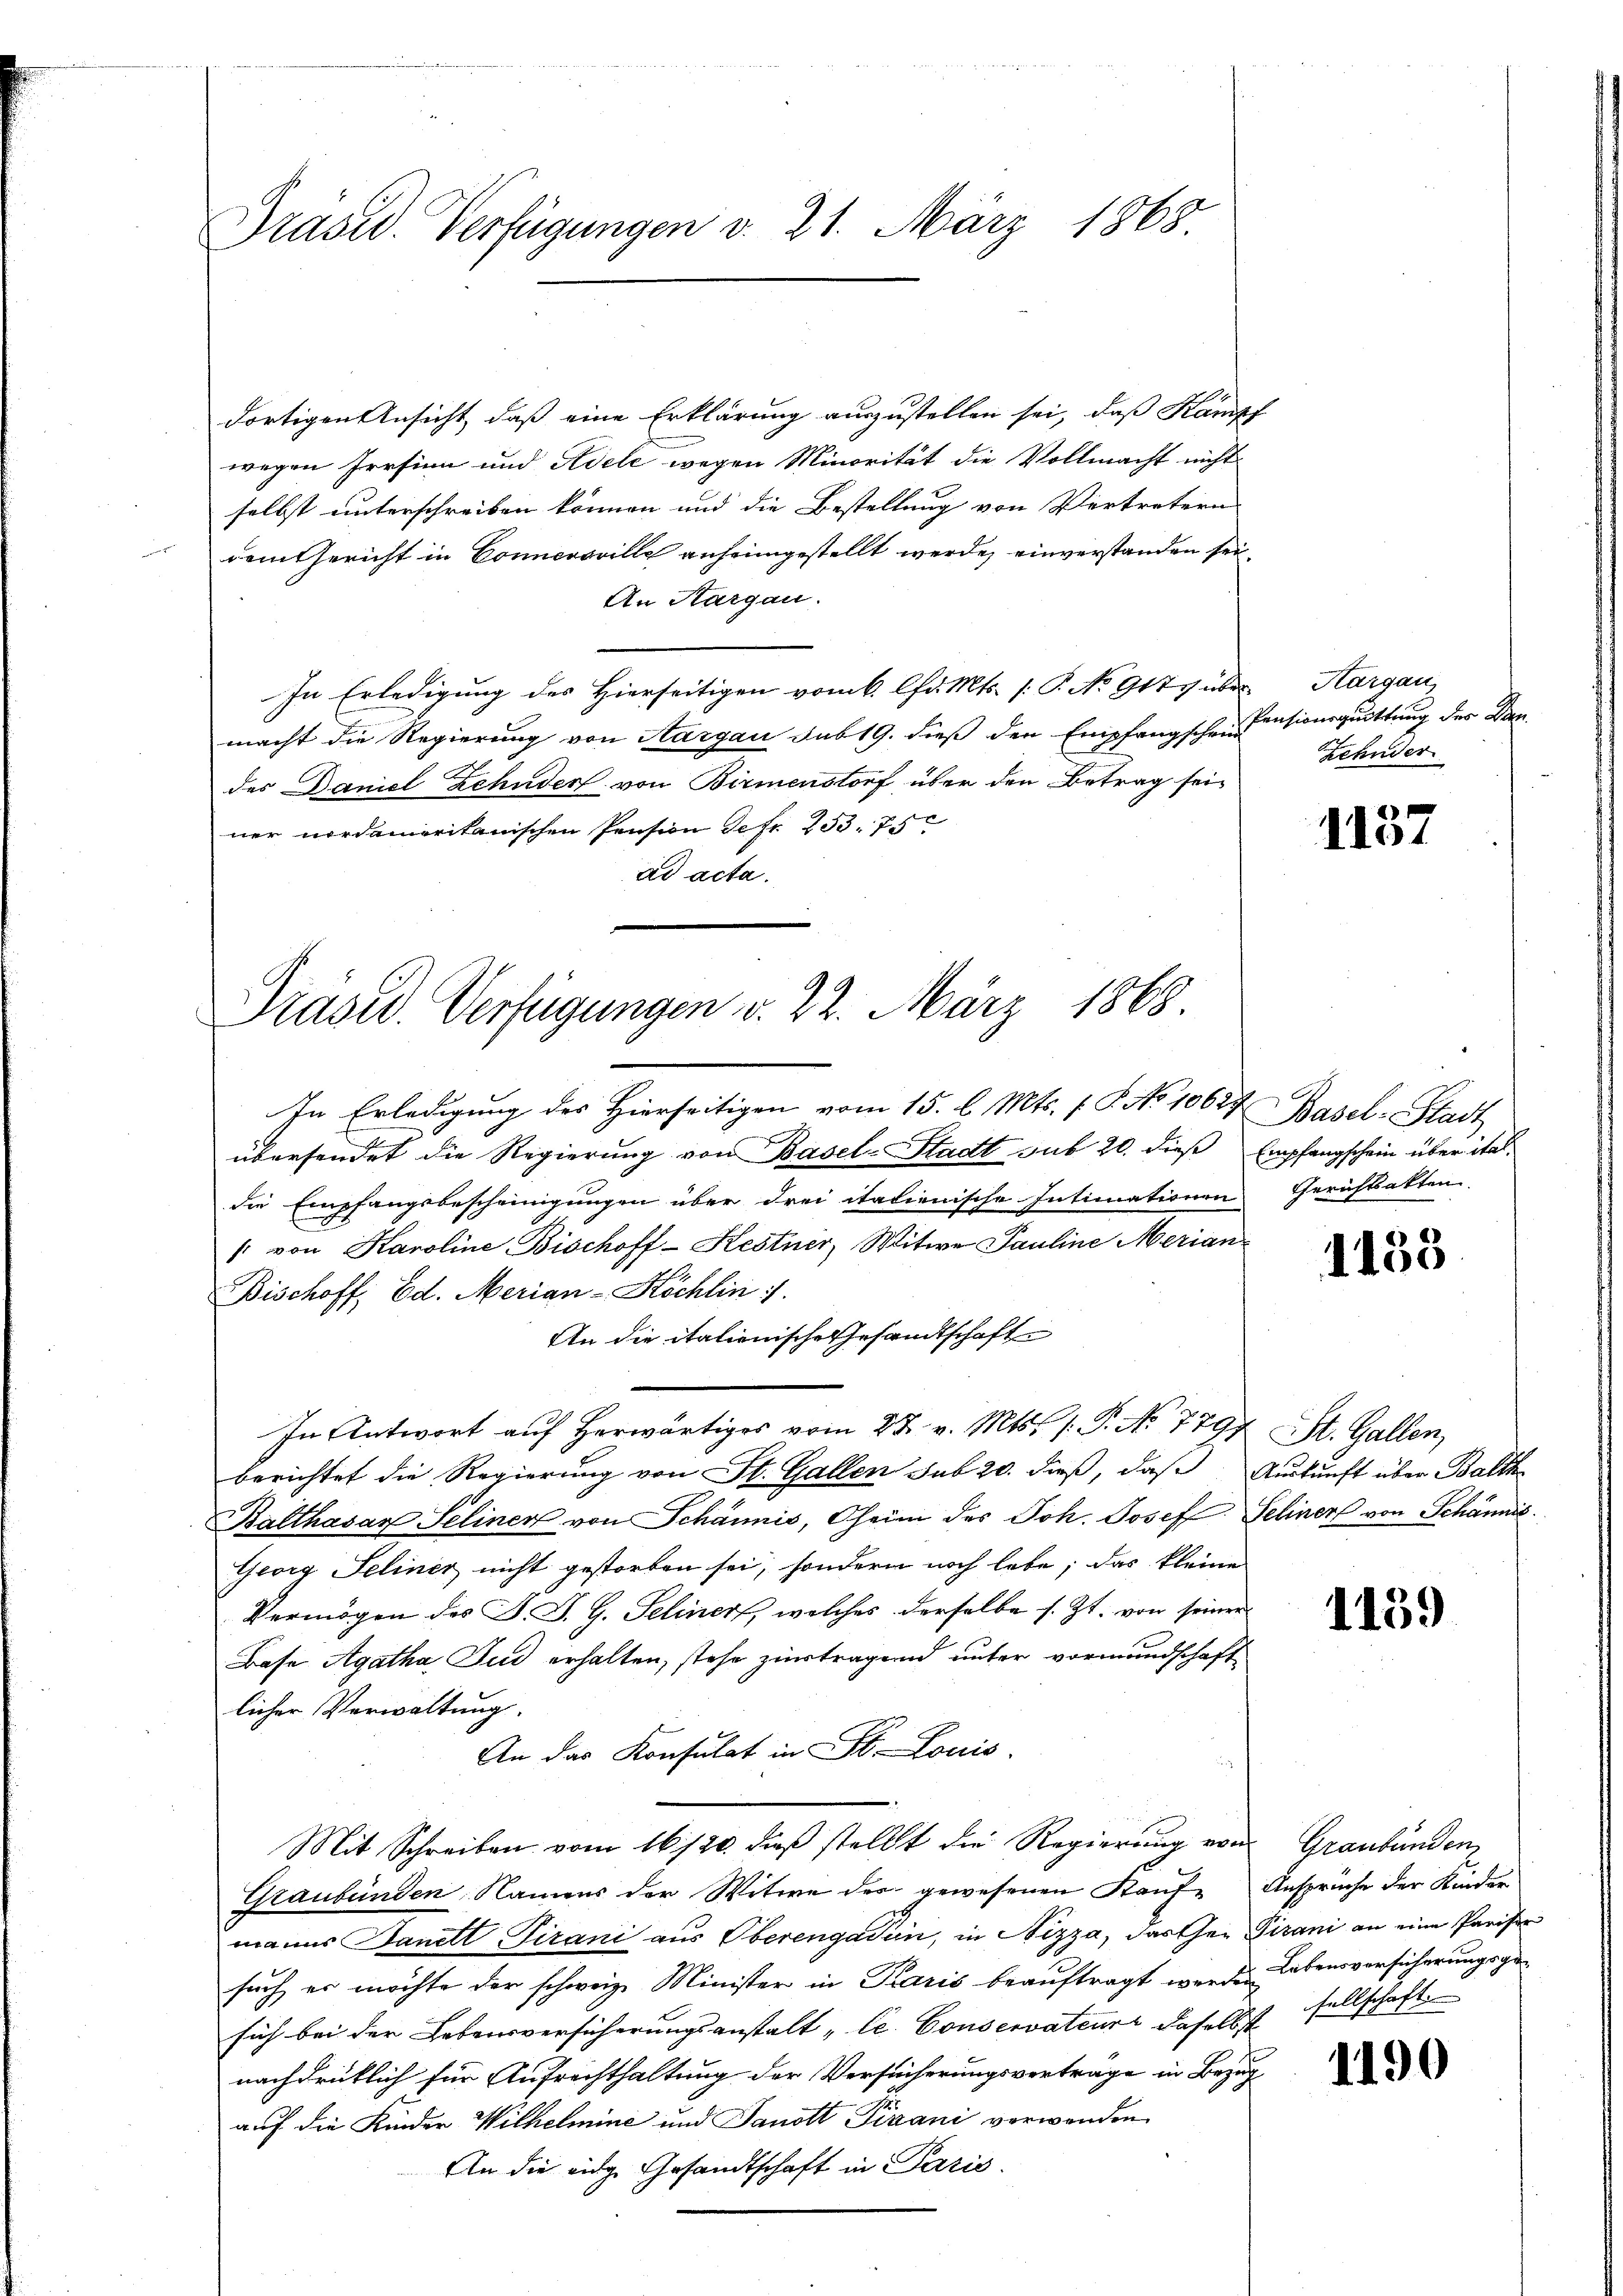
Präsid. Verfügungen v. 21. März 1868

dortigen Ansicht, daß eine Erklärung auszustellen sei, daß Kampf
wegen Persinn und Adele wegen Minorität die Vollmacht nicht
selbst unterschreiben können und die Bestellung von Vertretern
dem Gericht in Connersville anheimgestellt werde, einverstanden sei.
An Aargau.
In Erledigung des Hierseitigen vom 6. Chr. Mts. [P. No 917 über Aargau,
macht die Regierung von Aargau sub 19. dieß den Empfangschen Pensionsquittung des Dandes Daniel Zehnder von Birmenstorf über den Betrag sein
ner nordameritanischen Pension defr. 253. 75
ad acta.

Präsid. Verfügungen v. 22. März 1868

In Erledigung des Hierseitigen vom 15. l. Mts. f. P. No 10627, Basel-Stadt
übersendet die Regierung von Basel-Stadt sub 20. dieß Empfangschein über italdie Empfangsbescheinigungen über drei italienische Intimationen Gerichtsakten.
/ von Karoline Bischoff-Kestner, Witwe Pauline Merian
Bischoff, Ed. Merian-Köchlin 1.
An die italienische Gesandtschaft
In Antwort aŭf herwärtiges vom 27. v. Mts. 1. P. No 7797, St. Gallen,
berichtet die Regierung von St. Gallen sub 20. dieß, daß Auskunft über Balth
Balthasar Seliner von Schännis, Oheim des Joh. Josef Seliner von Schännis
Georg Feliner nicht gestorben sei, sondern noch lebe; das kleine
Vermögen des J. J. G. Seliner, welches derselbe s. Zt. von seiner
Base Agatha Jud erhalten, stehe ziertragen unter vormundschafte
licher Verwaltung.
An das Konsulat in St. Louis
Mit Schreiben vom 16/20. dieß stellt die Regierung von Graubünden
Graubünden, Namens der Witwe der gewesenen Kauf Ansprüche der Kinder
manns Ganell Tirani aus Oberengadin, in Nizza, darther Tirani an eine Pariser
such er möchte der schweiz. Minister in Paris beauftragt werden Lebensversicherungsgesich bei der Lebensversicherungsanstalt „le Conservateur daselbst sellschaft
nachdrüklich für Aufrechthaltung der Versucherungsverträge in Bezug
auf die Kinder Wilhelmine und Sanott Pirani verwanden
An die eidg. Gesandtschaft in Paris.

Zehnder

1137

1183

1159

1190